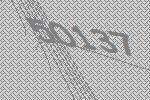
50137